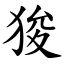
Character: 狻